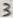
Text: 3